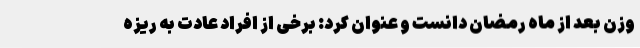
وزن بعد از ماه رمضان دانست و عنوان کرد: برخی از افراد عادت به ریزه